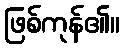
ဖြစ်ကုန်၏။